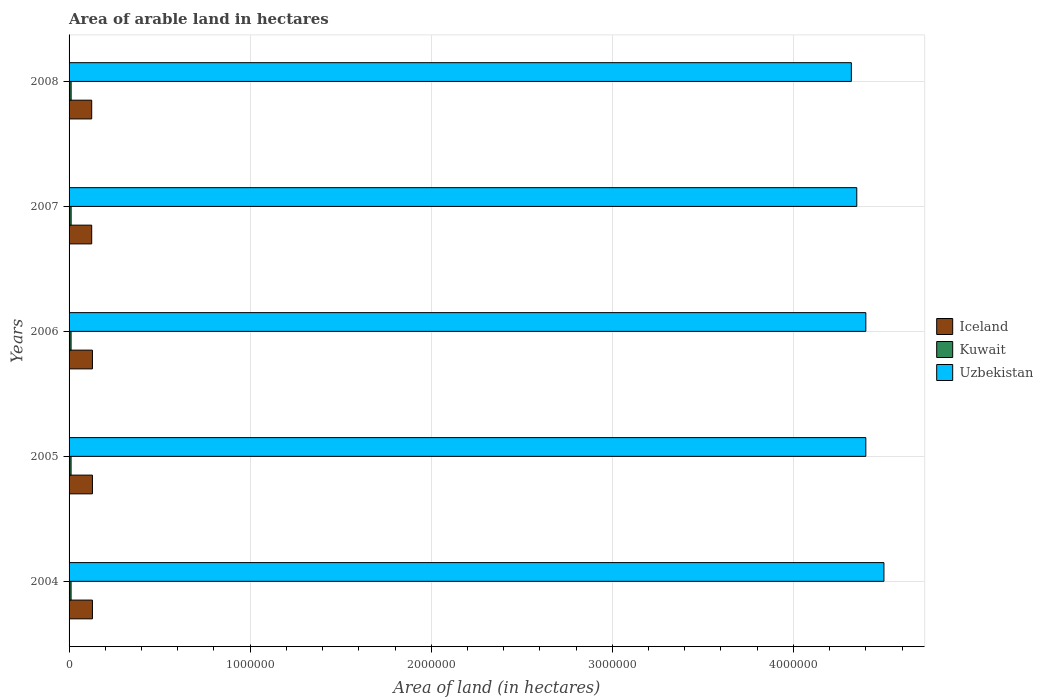
| Years | Iceland | Kuwait | Uzbekistan |
 | --- | --- | --- | --- |
 | 2004 | 1.29e+05 | 1.1e+04 | 4.5e+06 |
 | 2005 | 1.29e+05 | 1.1e+04 | 4.4e+06 |
 | 2006 | 1.29e+05 | 1.1e+04 | 4.4e+06 |
 | 2007 | 1.25e+05 | 1.13e+04 | 4.35e+06 |
 | 2008 | 1.25e+05 | 1.13e+04 | 4.32e+06 |